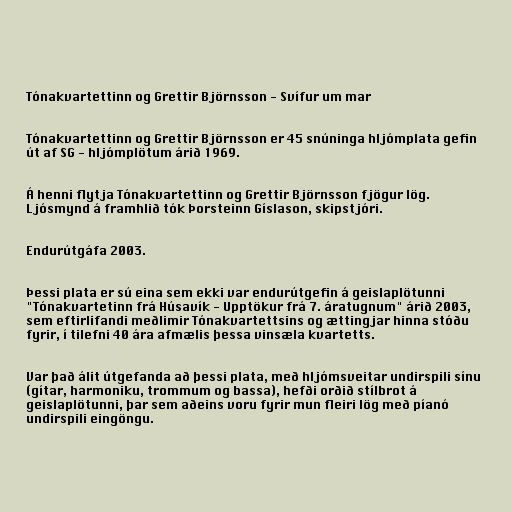
Tónakvartettinn og Grettir Björnsson - Svífur um mar

Tónakvartettinn og Grettir Björnsson er 45 snúninga hljómplata gefin
út af SG - hljómplötum árið 1969.

Á henni flytja Tónakvartettinn og Grettir Björnsson fjögur lög.
Ljósmynd á framhlið tók Þorsteinn Gíslason, skipstjóri.

Endurútgáfa 2003.

Þessi plata er sú eina sem ekki var endurútgefin á geislaplötunni
"Tónakvartetinn frá Húsavík - Upptökur frá 7. áratugnum" árið 2003,
sem eftirlifandi meðlimir Tónakvartettsins og ættingjar hinna stóðu
fyrir, í tilefni 40 ára afmælis þessa vinsæla kvartetts.

Var það álit útgefanda að þessi plata, með hljómsveitar undirspili sínu
(gítar, harmoniku, trommum og bassa), hefði orðið stílbrot á
geislaplötunni, þar sem aðeins voru fyrir mun fleiri lög með píanó
undirspili eingöngu.